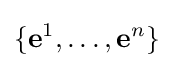
\{\mathbf {e} ^{1},\dots ,\mathbf {e} ^{n}\}